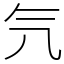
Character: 氕